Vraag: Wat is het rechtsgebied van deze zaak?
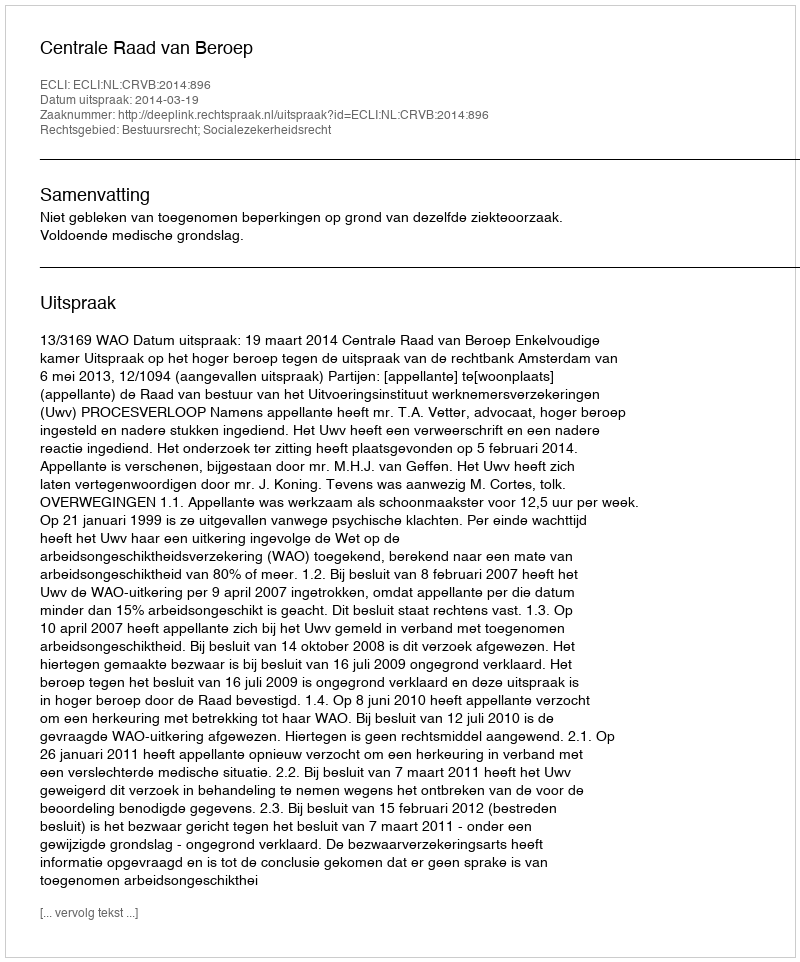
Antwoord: Bestuursrecht; Socialezekerheidsrecht